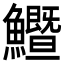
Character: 𩽙